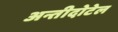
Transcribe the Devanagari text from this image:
अन्तीदोटेल